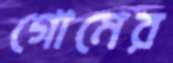
গোমের